Civil Veterinary Department Bihar reports 1940-50 - 1940-1950
Year: 1940
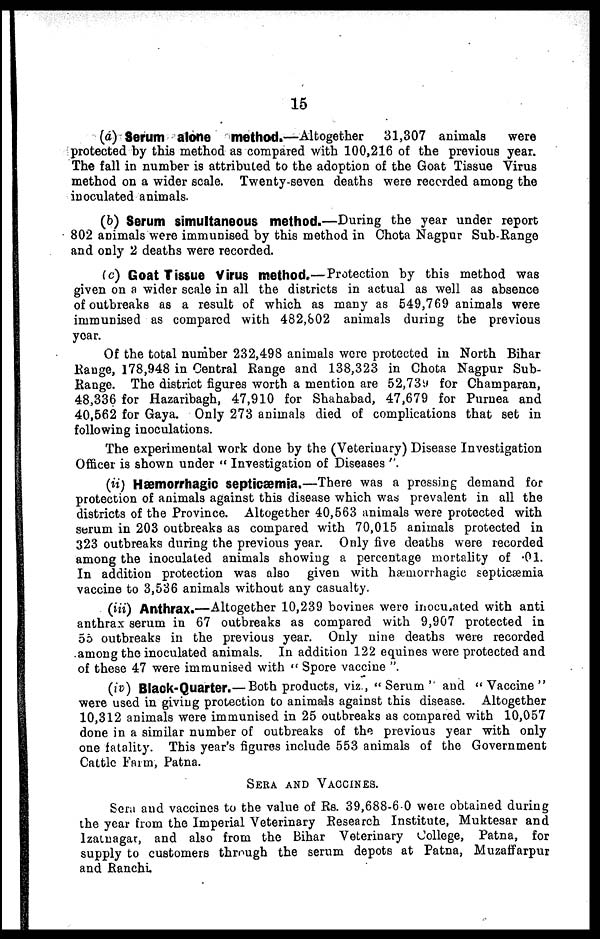
15
(a) Serum alone
method.—Altogether
31,307 animals
were
protected by this method as compared with 100,216 of the previous year.
The fall in number is attributed to the adoption of the Goat Tissue Virus
method on a wider scale. Twenty-seven deaths were recorded among the
inoculated animals.
(b) Serum simultaneous method.—During the year under report
802 animals were immunised by this method in Chota Nagpur Sub-Range
and only 2 deaths were recorded.
(c) Goat Tissue Virus method.—Protection by this method was
given on a wider scale in all the districts in actual as well as absence
of outbreaks as a result of which as many as 549,769 animals were
immunised as compared with 482,802 animals during the previous
year.
Of the total number 232,498 animals were protected in North Bihar
Range, 178,948 in Central Range and 138,323 in Chota Nagpur Sub-
Range. The district figures worth a mention are 52,739 for Champaran,
48,336 for Hazaribagh, 47,910 for Shahabad, 47,679 for Purnea and
40,562 for Gaya. Only 273 animals died of complications that set in
following inoculations.
The experimental work done by the (Veterinary) Disease Investigation
Officer is shown under " Investigation of Diseases ".
(ii) Hæmorrhagio septicæmia.—There was a pressing demand for
protection of animals against this disease which was prevalent in all the
districts of the Province. Altogether 40,563 animals were protected with
serum in 203 outbreaks as compared with 70,015 animals protected in
323 outbreaks during the previous year. Only five deaths were recorded
among the inoculated animals showing a percentage mortality of .01.
In addition protection was also given with hæmorrhagic septicæmia
vaccine to 3,536 animals without any casualty.
(iii) Anthrax.—Altogether 10,239 bovines were inoculated with anti
anthrax serum in 67 outbreaks as compared with 9,907 protected in
55 outbreaks in the previous year. Only nine deaths were recorded
among the inoculated animals. In addition 122 equines were protected and
of these 47 were immunised with " Spore vaccine ".
(iv) Black-Quarter.— Both products, viz., " Serum " and " Vaccine "
were used in giving protection to animals against this disease. Altogether
10,312 animals were immunised in 25 outbreaks as compared with 10,057
done in a similar number of outbreaks of the previous year with only
one fatality. This year's figures include 553 animals of the Government
Cattle Farm, Patna.
SERA AND VACCINES.
Sera and vaccines to the value of Rs. 39,688-6 0 were obtained during
the year from the Imperial Veterinary Research Institute, Muktesar and
lzatnagar, and also from the Bihar Veterinary College, Patna, for
supply to customers through the serum depots at Patna, Muzaffarpur
and Ranchi.